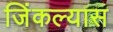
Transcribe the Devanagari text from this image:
जिंकल्यास